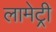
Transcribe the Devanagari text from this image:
लामेट्री